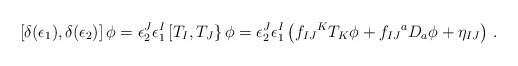
\begin{align*}\left[ \delta (\epsilon _1),\delta (\epsilon _2)\right] \phi = \epsilon _2^J\epsilon ^I_1\left[ T_I,T_J\right\} \phi =\epsilon _2^J\epsilon ^I_1\left( f_{IJ}{}^{K}T_K\phi+f_{IJ}{}^a D_a\phi +\eta_{IJ}\right)\,.\end{align*}